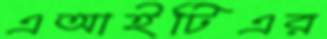
এআইটিএর